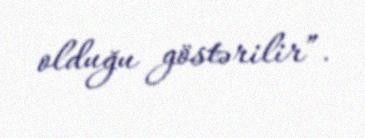
olduğu göstərilir”.